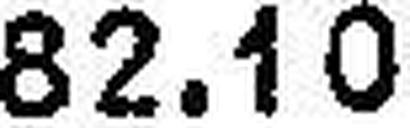
82.10